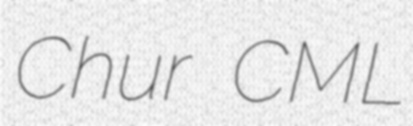
Chur CML